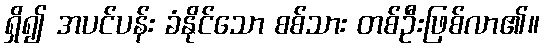
ရှိ၍ အပင်ပန်း ခံနိုင်သော စစ်သား တစ်ဦးဖြစ်လာ၏။